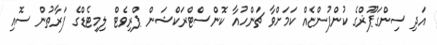
އަދި ސިންގަޕޫޜްގެ ކުންފުންޏެއް ކަމަށްވާ ޗަންހުއާ ކޮންސްޓްރަކްޝަން ޕްރިވެޓް ލިމިޓެޑްގެ ފަރާތުން ސޮއި